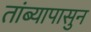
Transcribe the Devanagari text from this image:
तांब्यापासुन